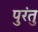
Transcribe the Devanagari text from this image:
पुरंतु